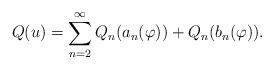
LaTeX: \begin{align*}Q(u)=\sum_{n=2}^\infty Q_n(a_n(\varphi))+Q_n(b_n(\varphi)). \end{align*}